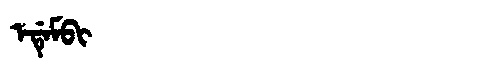
Manchu: ᡝᡩᡝᠮᠪᡳ
Romanization: EDEMBI